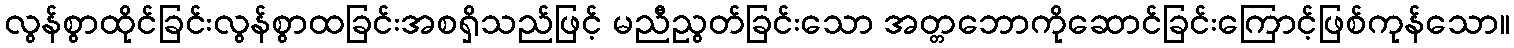
လွန်စွာထိုင်ခြင်းလွန်စွာထခြင်းအစရှိသည်ဖြင့် မညီညွတ်ခြင်းသော အတ္တဘောကိုဆောင်ခြင်းကြောင့်ဖြစ်ကုန်သော။